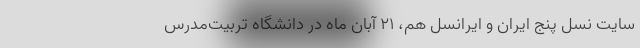
سایت نسل پنج ایران و ایرانسل هم، ۲۱ آبان ماه در دانشگاه تربیت‌مدرس